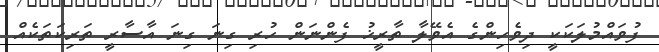
ފުވައްމުލަކަކީ ދިވެހިންގެ އެވޭލާ ތާރީޚު ފެންނަން ހުރި ގިނަ ގިނަ އާސާރީ ތަރިކަތަކެއް